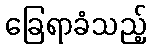
ခြေရာခံသည့်